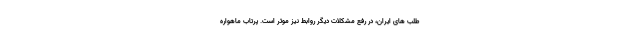
طلب های ایران، در رفع مشکلات دیگر روابط نیز موثر است. پرتاب ماهواره